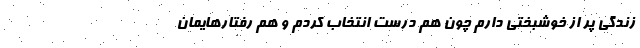
زندگی پر از خوشبختی دارم چون هم درست انتخاب کردم و هم رفتارهایمان